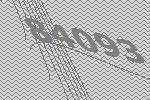
84093